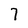
Character: 7